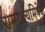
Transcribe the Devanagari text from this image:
रामराज्यमिषेक